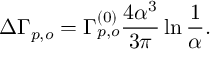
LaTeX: \Delta \Gamma _ { p , o } = \Gamma _ { p , o } ^ { ( 0 ) } { \frac { 4 \alpha ^ { 3 } } { 3 \pi } } \ln { \frac { 1 } { \alpha } } .